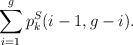
LaTeX: \begin{align*}\sum_{i=1}^g p_k^S(i-1,g-i).\end{align*}